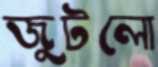
জুটলো